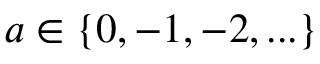
a \in \left\{ 0 , - 1 , - 2 , . . . \right\}